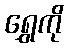
ရွှေကို